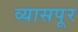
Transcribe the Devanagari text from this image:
व्यासपूर